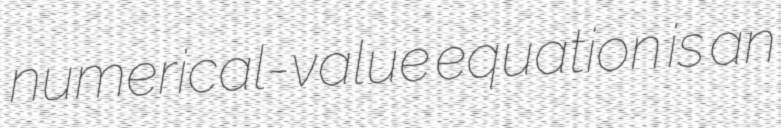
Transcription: numerical-value equation is an